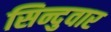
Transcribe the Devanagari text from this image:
सिन्दुवार